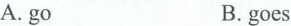
A. go B. goes